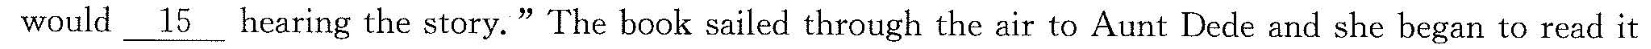
would \underline{15} hearing the story.”The book sailed through the air to Aunt Dede and she began to read it